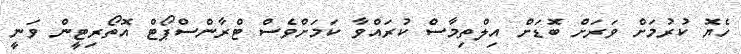
ހެޔޮ ކުރުމަށް ވަރަށް ބޮޑަށް އިލްތިމާސް ކުރައްވާ ކަމަށްވެސް ޓްރާންސްޕޯޓް އޮތޯރިޓީން ވަނީ